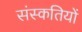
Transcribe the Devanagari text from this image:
संस्कतियों